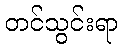
တင်သွင်းရာ